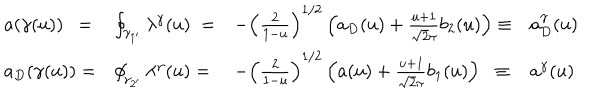
\begin{array} { l l l l } { { a ( \gamma ( u ) ) \; \: = } } & { { \oint _ { \gamma _ { 1 ^ { \prime } } } \lambda ^ { \gamma } ( u ) \; = } } & { { - \left( \frac { 2 } { 1 - u } \right) ^ { 1 / 2 } \left( a _ { D } ( u ) + \frac { u + 1 } { \sqrt 2 \pi } b _ { 2 } ( u ) \right) \equiv } } & { { a _ { D } ^ { \gamma } ( u ) } } \\ { { a _ { D } ( \gamma ( u ) ) = } } & { { \oint _ { \gamma _ { 2 ^ { \prime } } } \lambda ^ { \gamma } ( u ) = } } & { { - \left( \frac { 2 } { 1 - u } \right) ^ { 1 / 2 } \left( a ( u ) + \frac { u + 1 } { \sqrt 2 \pi } b _ { 1 } ( u ) \right) \; \; \equiv } } & { { a ^ { \gamma } ( u ) } } \\ \end{array}